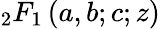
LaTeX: {}_{2}F_{1}\left(a,b;c;z\right)